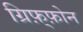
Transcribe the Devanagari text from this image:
ग्रिफ़्फ़ोन